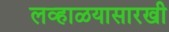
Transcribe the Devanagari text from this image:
लव्हाळयासारखी